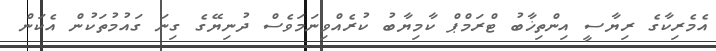
އެމެރިކާގެ ރިޔާސީ އިންތިޚާބު ޓްރަމްޕް ކާމިޔާބު ކުރެއްވިނަމަވެސް ދުނިޔޭގެ ގިނަ ގައުމުތަކުން އެކަން